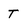
Character: T